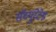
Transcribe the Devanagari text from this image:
सॅच्युरेटेड